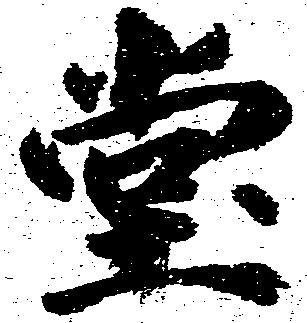
堂